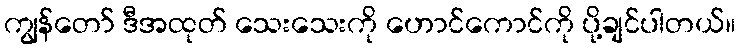
ကျွန်တော် ဒီအထုတ် သေးသေးကို ဟောင်ကောင်ကို ပို့ချင်ပါတယ်။